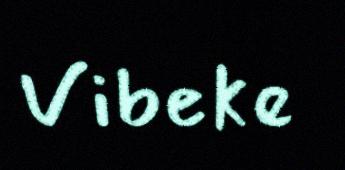
Vibeke